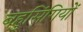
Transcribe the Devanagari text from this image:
बहुसिंगियों